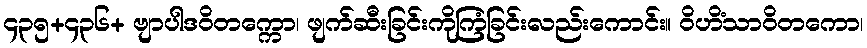
၄၃၅+၄၃၆+ ဗျာပါဒဝိတက္ကော၊ ဖျက်ဆီးခြင်းကိုကြံခြင်းလည်းကောင်း။ ဝိဟိံသာဝိတကော၊